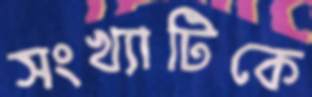
সংখ্যাটিকে